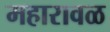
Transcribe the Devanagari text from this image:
महारावळ